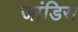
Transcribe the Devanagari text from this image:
जांडिस